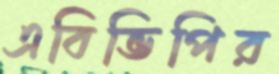
এবিভিপির